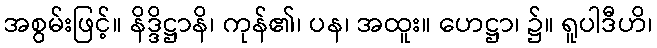
အစွမ်းဖြင့်။ နိဒ္ဒိဋ္ဌာနိ၊ ကုန်၏၊ ပန၊ အထူး။ ဟေဋ္ဌာ၊ ၌။ ရူပါဒီဟိ၊